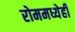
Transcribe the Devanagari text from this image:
रोममध्येही